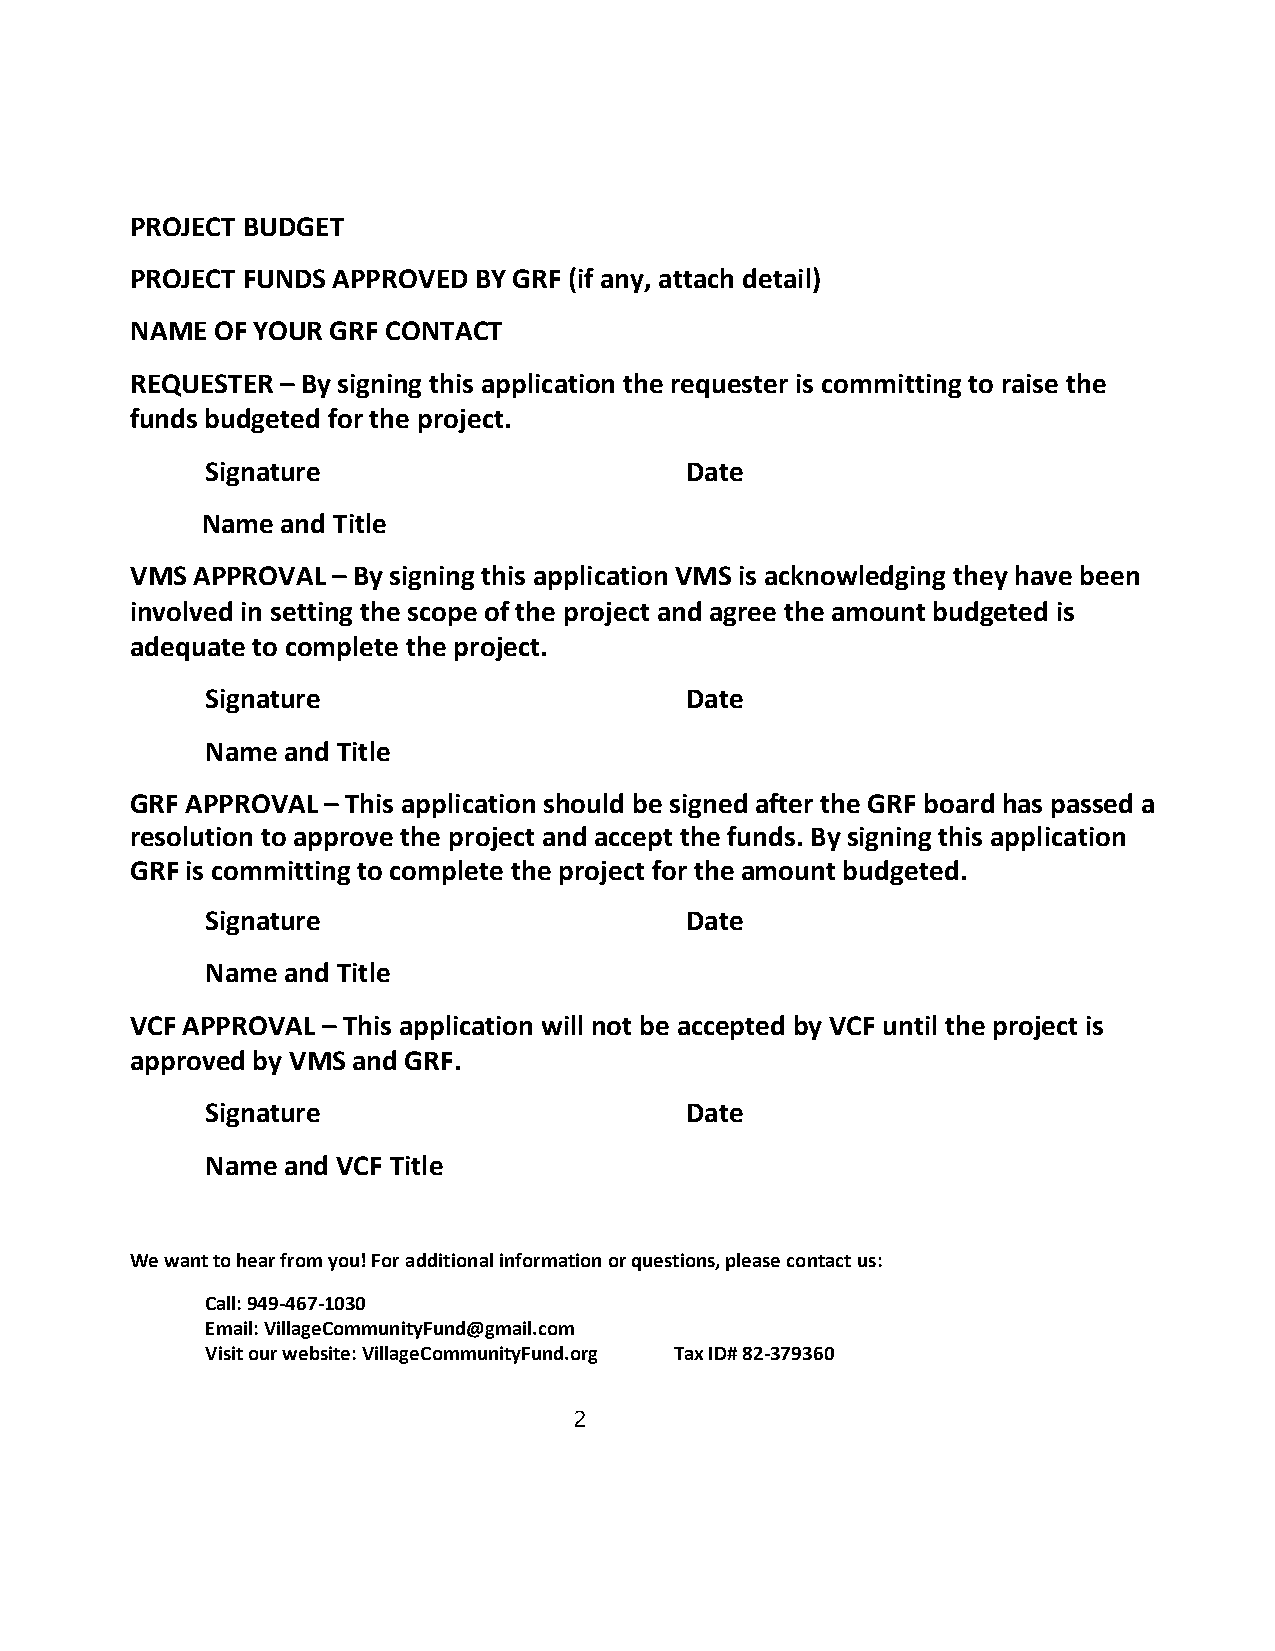
PROJECT BUDGET
 PROJECT FUNDS APPROVED BY GRF (if any, attach detail)
 NAME OF YOUR GRF CONTACT
 REQUESTER – By signing this application the requester is committing to raise the
 funds budgeted for the project.
 Signature                      Date
 N a m e and Title
 VMS APPROVAL– By signing this application VMS is acknowledging they have been
 involved in setting the scope of the project and agree the amount budgeted is
 adequate to complete the project.
 Signature                      Date
 Name and Title
 GRF APPROVAL– This application should be signed after the GRF board has passed a
 resolution to approve the project and accept the funds. By signing this application
 GRF is committing to complete the project for the amount budgeted.
 Signature                      Date
 Name and Title
 VCF APPROVAL– This application will not be accepted by VCF until the project is
 approved by VMS and GRF.
 Signature                      Date
 Name and VCF Title
 We want to hear from you! For additional information or questions, please contactus:
 Call: 949-467-1030
 Email: VillageCommunityFund@gmail.com
 Visit our website: VillageCommunityFund.org Tax ID# 82-379360
 2